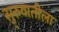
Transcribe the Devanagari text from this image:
सु्रुवातीला